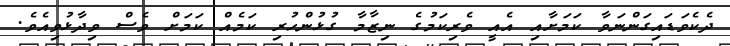
ދެކެވަޑައިގަންނަވާ ކަމަށާއި އެއީ ވެރިކަމުގެ ނިޒާމާ ގުޅުންހުރި ކަމެއް ކަމަށް ވެސް ވިދާޅުވިއެވެ.